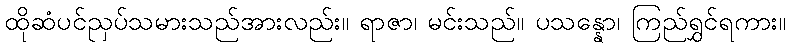
ထိုဆံပင်ညှပ်သမားသည်အားလည်း။ ရာဇာ၊ မင်းသည်။ ပသန္နော၊ ကြည်ရွှင်ရကား။